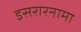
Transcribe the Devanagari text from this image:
इसरारनामा